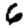
Digit: 6